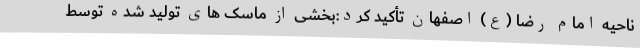
ناحیه امام رضا (ع) اصفهان تأکید کرد:بخشی از ماسک های تولید شده توسط